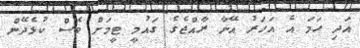
އަދި ހަމަ އެ އަހަރު އޭނާ ރާއްޖެގެ ގައުމީ ޓީމަށް ވެސް ކުޅެދޭން